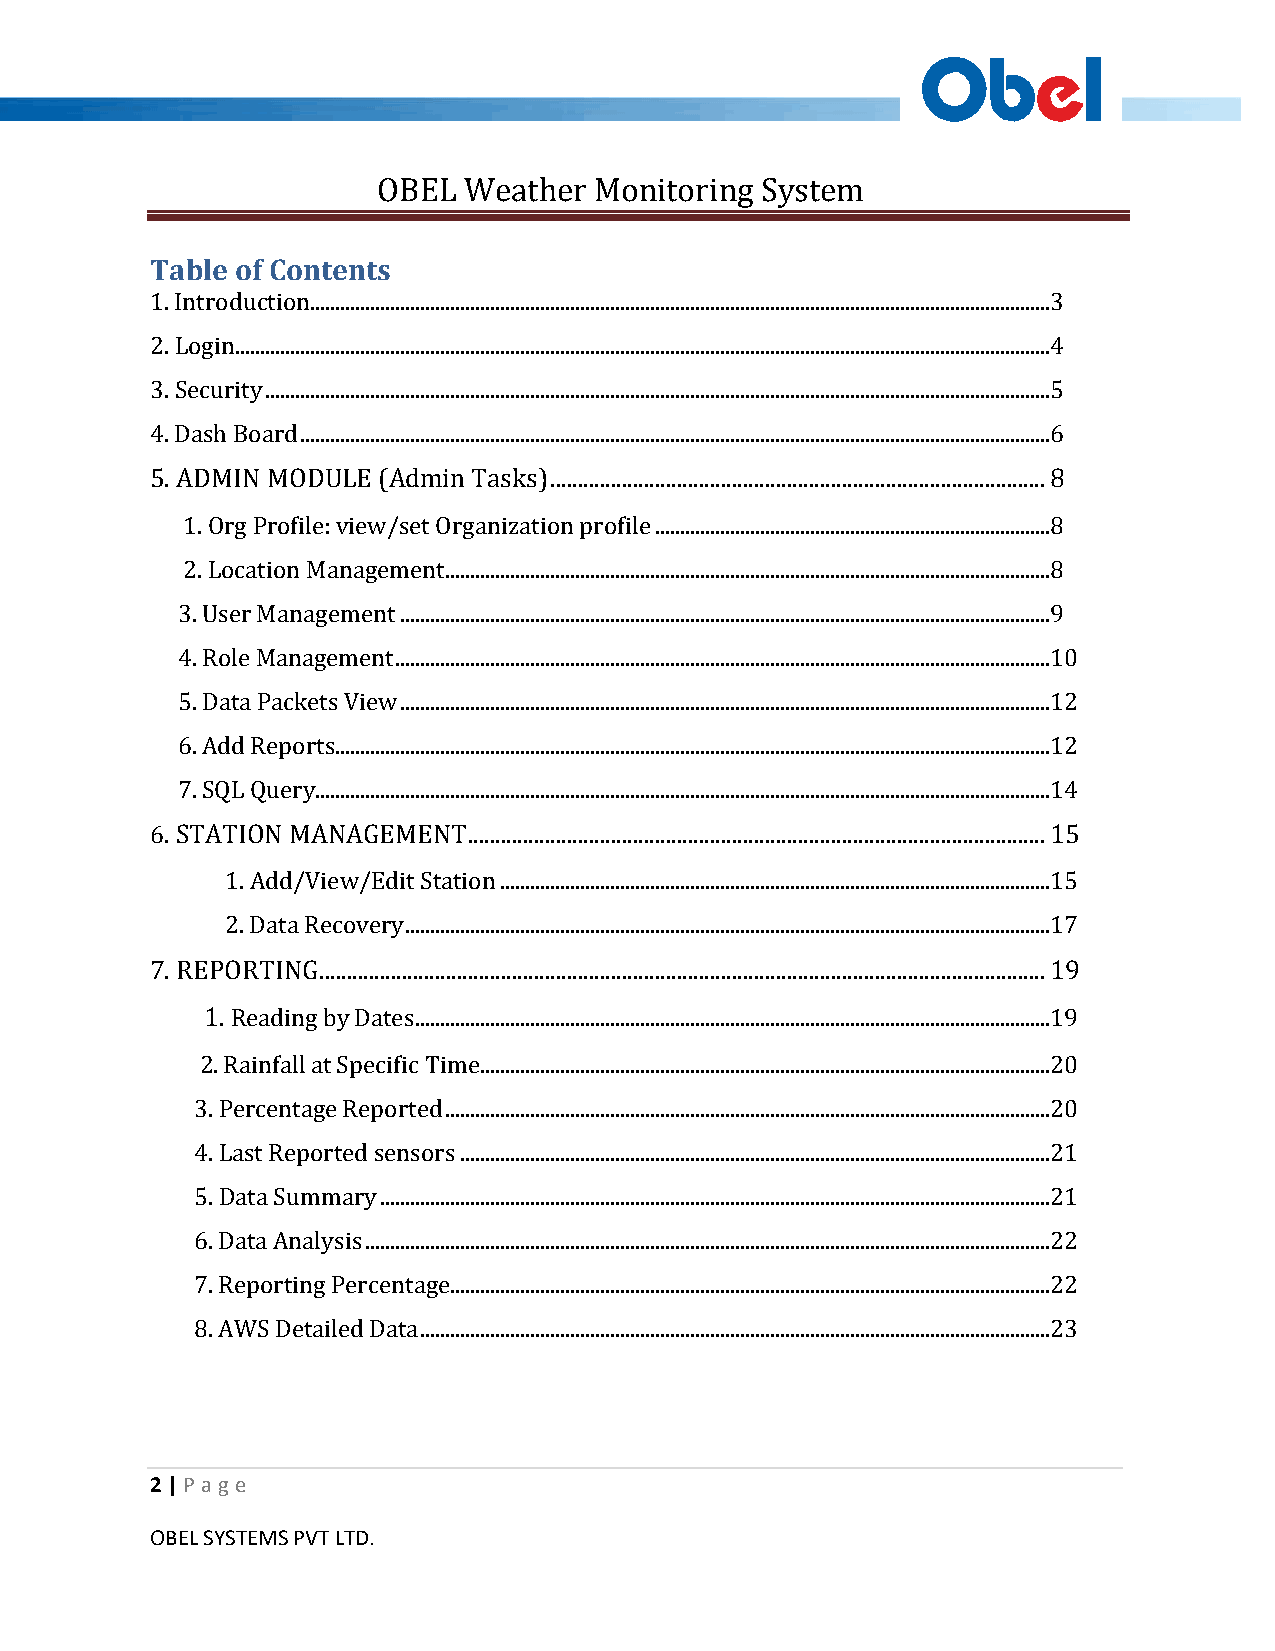
OBEL  Weather Monitoring System
 Table of Contents
 1. Introduction....................................................................................................................................................3
 2. Login ...................................................................................................................................................................4
 3. Security .............................................................................................................................................................5
 4. Dash Board ......................................................................................................................................................6
 5. ADMIN MODULE (Admin Tasks) .......................................................................................... 8
 1. Org Profile: view/set Organization profile ...............................................................................8
 2. Location Management .........................................................................................................................8
 3. User Management ..................................................................................................................................9
 4. Role Management ...................................................................................................................................10
 5. Data Packets View ..................................................................................................................................12
 6. Add Reports...............................................................................................................................................12
 7. SQL Query...................................................................................................................................................14
 6. STATION MANAGEMENT ......................................................................................................... 15
 1. Add/View/Edit Station ..............................................................................................................15
 2. Data Recovery .................................................................................................................................17
 7. REPORTING .................................................................................................................................... 19
 1. Reading by Dates ...............................................................................................................................19
 2. Rainfall at Specific Time..................................................................................................................20
 3. Percentage Reported .........................................................................................................................20
 4. Last Reported sensors ......................................................................................................................21
 5. Data Summary ......................................................................................................................................21
 6. Data Analysis .........................................................................................................................................22
 7. Reporting Percentage........................................................................................................................22
 8. AWS Detailed Data ..............................................................................................................................23
 2 | P ag e
 OBEL SYSTEMS PVT LTD.